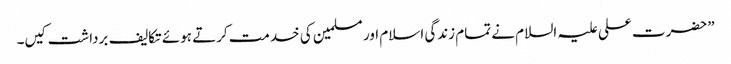
”حضرت علی علیہ السلام نے تمام زندگی اسلام اور مسلمین کی خدمت کرتے ہوئے تکالیف برداشت کیں۔